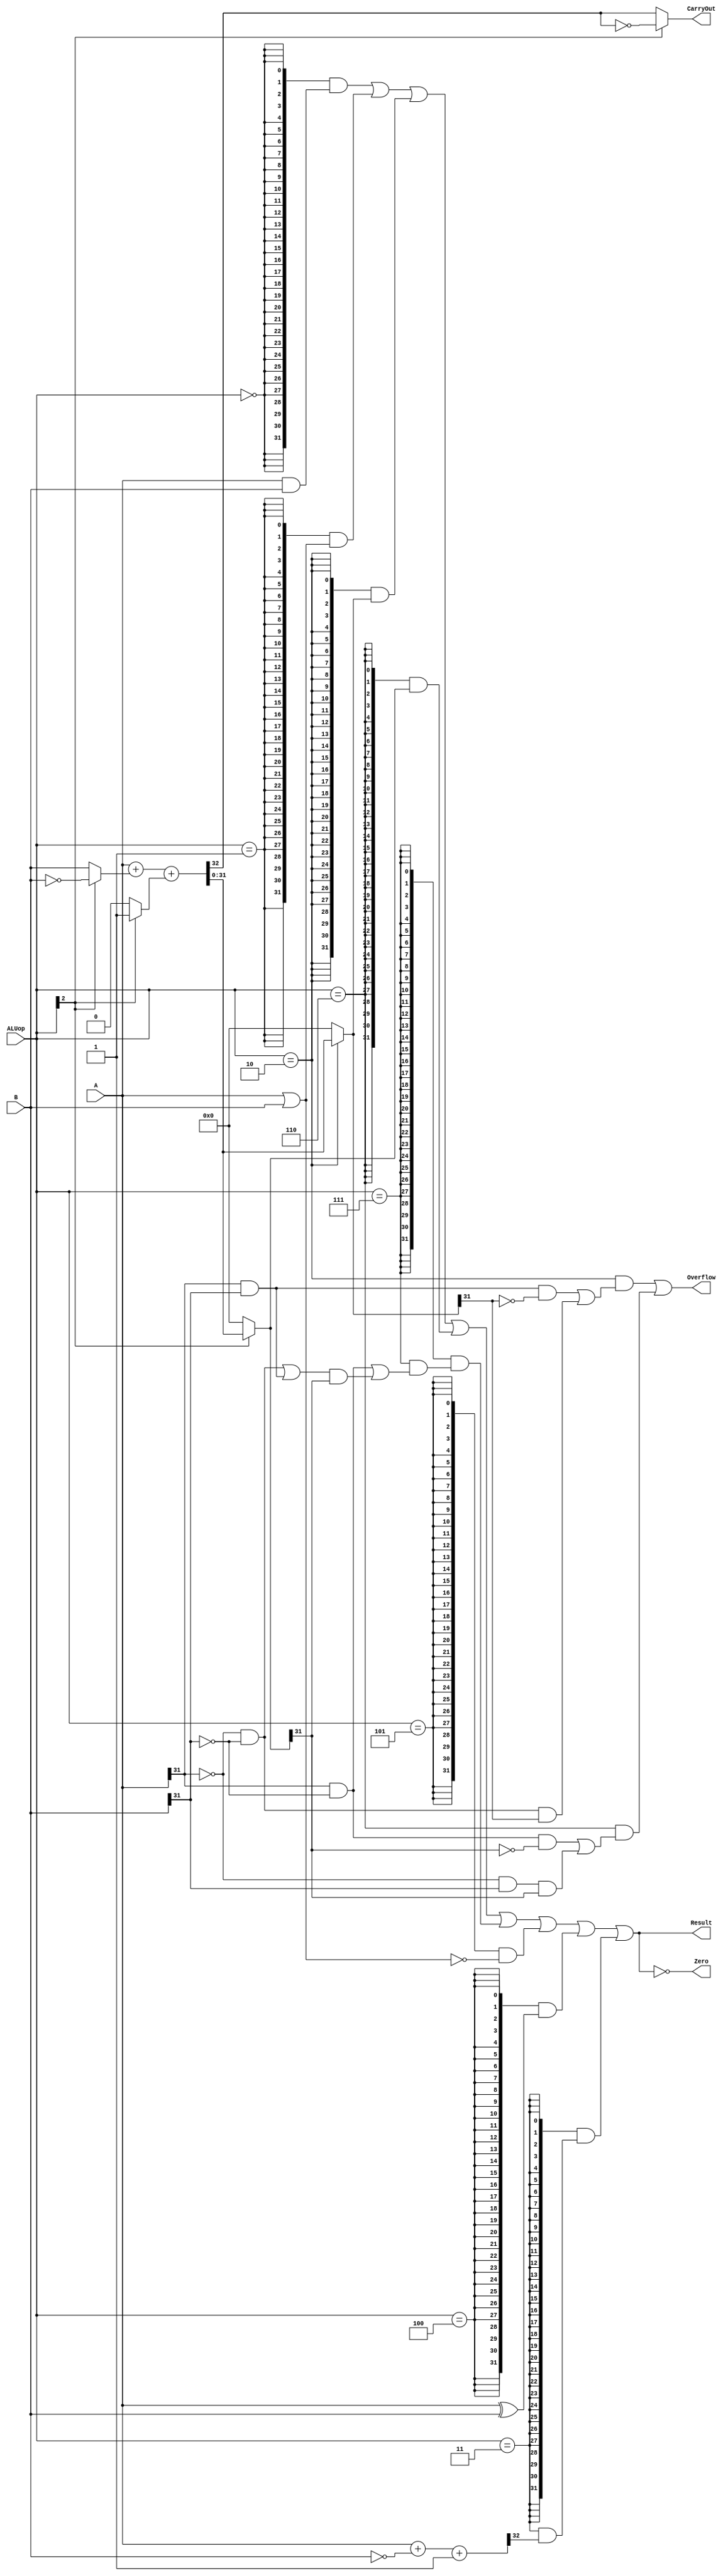
`timescale 10 ns / 1 ns

`define DATA_WIDTH 32

module alu(
	input [`DATA_WIDTH - 1:0] A,
	input [`DATA_WIDTH - 1:0] B,
	input [2:0] ALUop,
	output Overflow,
	output CarryOut,
	output Zero,
	output [`DATA_WIDTH - 1:0] Result
);

	// TODO: Please add your logic code here
	wire op_and=ALUop==3'b000;
	wire op_or=ALUop==3'b001;
	wire op_add=ALUop==3'b010;
	wire op_sltu=ALUop==3'b011;
	wire op_xor=ALUop==3'b100;
	wire op_nor=ALUop==3'b101;
	wire op_sub=ALUop==3'b110;
	wire op_slt=ALUop==3'b111;	

	wire [`DATA_WIDTH - 1:0] and_res = A&B;
	wire [`DATA_WIDTH - 1:0] or_res = A|B;
	wire [`DATA_WIDTH - 1:0] xor_res = A^B;
	wire [`DATA_WIDTH - 1:0] nor_res = ~(A|B);
	wire [`DATA_WIDTH - 1:0] add_res; 
	wire [`DATA_WIDTH - 1:0] sub_res;
	wire [`DATA_WIDTH - 1:0] B1;
	wire Cin,cout;
	wire [`DATA_WIDTH - 1:0] res;
	assign B1=(ALUop[2]) ? ~B:B;	
	assign Cin=(ALUop[2]) ? 1:0;
	assign {cout,res}=A+B1+Cin;
	assign add_res=op_add?res:0;
	assign sub_res=(ALUop[2]) ? res:0;
	assign CarryOut=(ALUop[2]) ? !cout:cout;
	assign Overflow =( (op_add && ((A[31]==1 && B[31]==1 && add_res[31]==0)||(A[31]==0 && B[31]==0 && add_res[31]==1))) || (op_sub && ((A[31]==1 && B[31]==0 && sub_res[31]==0)||(A[31]==0 && B[31]==1 && sub_res[31]==1))) );
	
	wire less = (op_slt && ((A[31]==1 && B[31]==0) || (((A[31]==0 && B[31]==0)||(A[31]==1 && B[31]==1)) && sub_res[31]==1)));

	wire [32:0]A2;
	wire [32:0]B2;
	wire coutu;
	wire [32:0]resu;
	assign A2={1'b0,A};
	assign B2={1'b0,B};
	assign {coutu,resu}= A2+~B2+1;
	wire lessu = (op_sltu && resu[32]==1);
	wire [`DATA_WIDTH - 1:0] slt_res ={31'b0, less};
	wire [`DATA_WIDTH - 1:0] sltu_res ={31'b0, lessu};

	assign Result= {32{op_and}} & and_res | {32{op_or}} & or_res | {32{op_add}} & add_res | {32{op_sub}} & sub_res | {32{op_slt}} & slt_res | {32{op_nor}} & nor_res | {32{op_xor}} & xor_res | {32{op_sltu}} & sltu_res;
	
	assign Zero= (Result==32'b0);  
endmodule